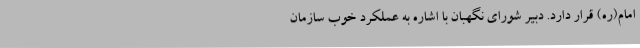
امام(ره) قرار دارد. دبیر شورای نگهبان با اشاره به عملکرد خوب سازمان